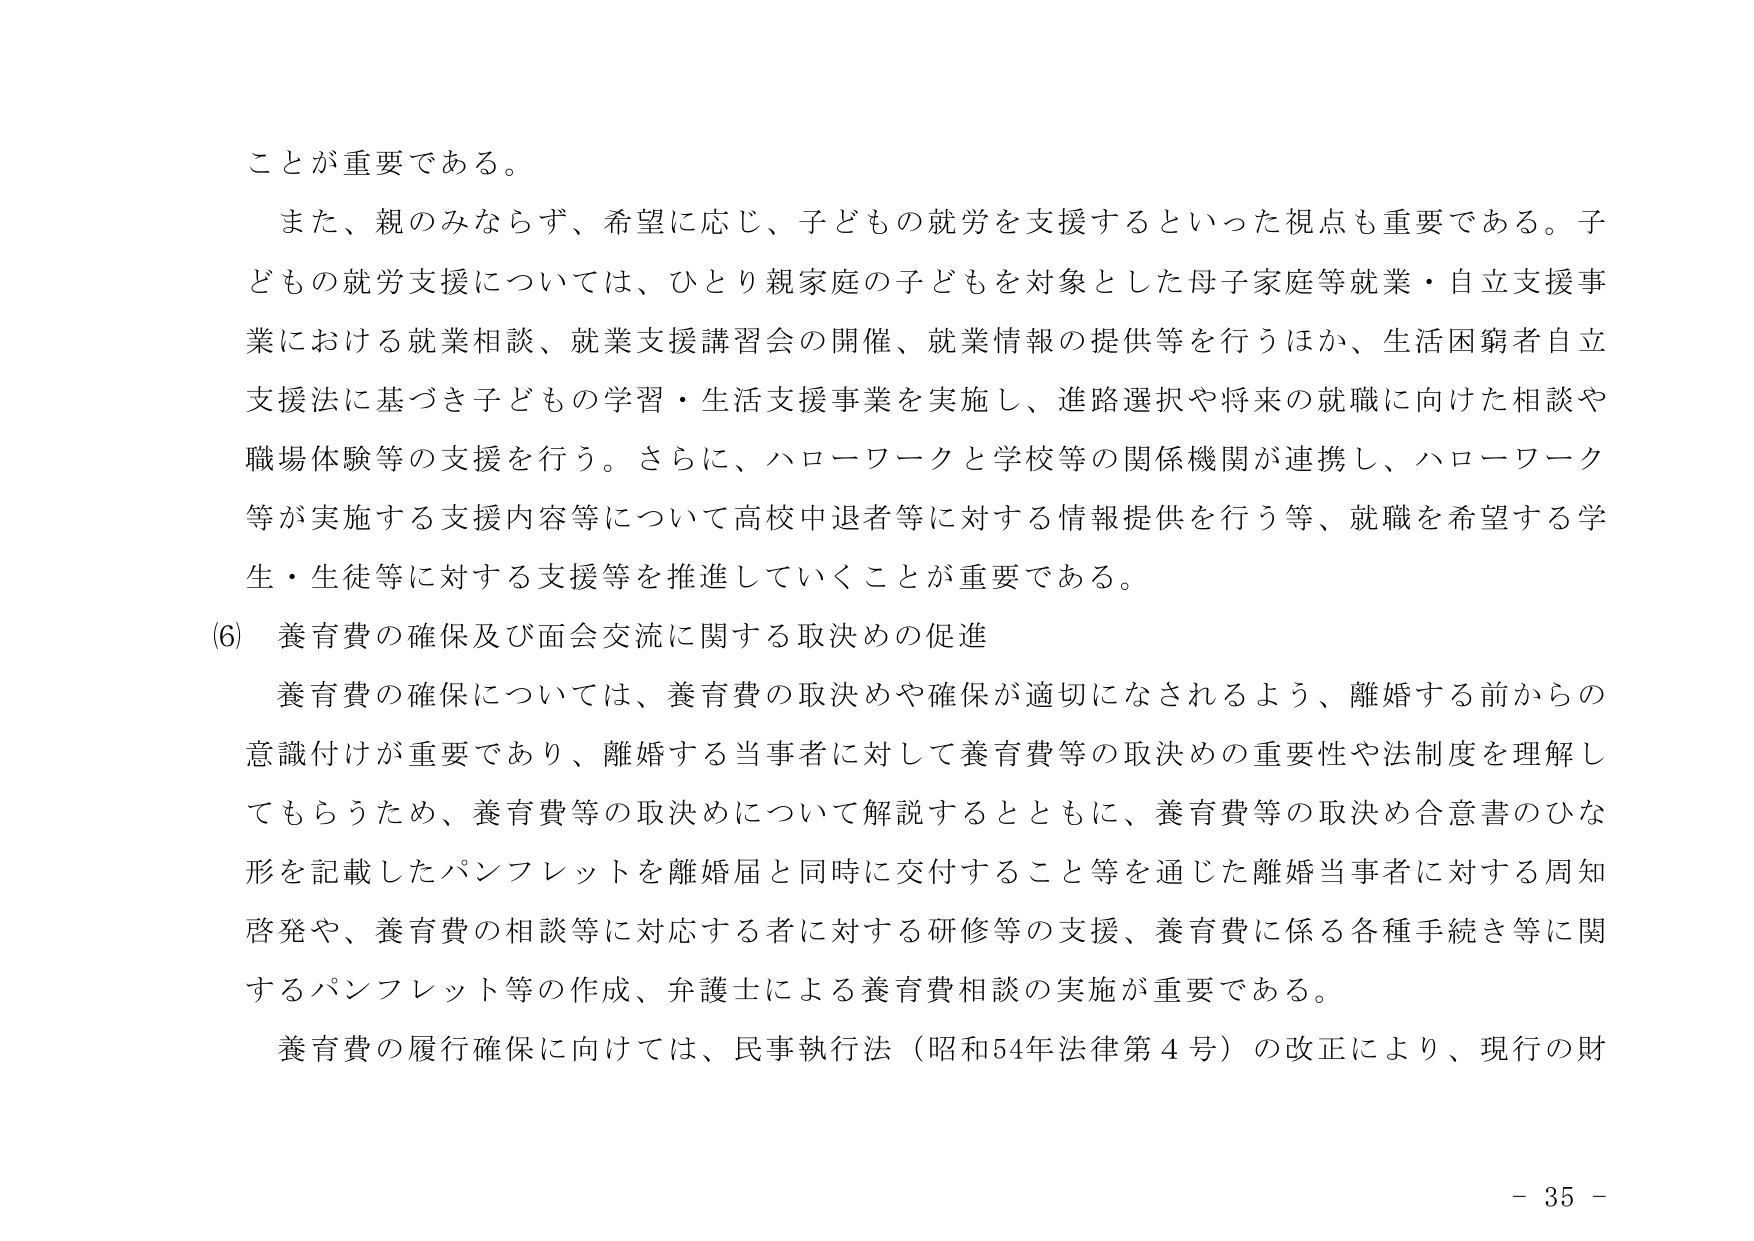
ことが重要である。

また、親のみならず、希望に応じ、子どもの就労を支援するといった視点も重要である。子どもの就労支援については、ひとり親家庭の子どもを対象とした母子家庭等就業・自立支援事業における就業相談、就業支援講習会の開催、就業情報の提供等を行うほか、生活困窮者自立支援法に基づき子どもの学習・生活支援事業を実施し、進路選択や将来の就職に向けた相談や職場体験等の支援を行う。さらに、ハローワークと学校等の関係機関が連携し、ハローワーク等が実施する支援内容等について高校中退者等に対する情報提供を行う等、就職を希望する学生・生徒等に対する支援等を推進していくことが重要である。

(6) 養育費の確保及び面会交流に関する取決めの促進

養育費の確保については、養育費の取決めや確保が適切になされるよう、離婚する前からの意識付けが重要であり、離婚する当事者に対して養育費等の取決めの重要性や法制度を理解してもらうため、養育費等の取決めについて解説するとともに、養育費等の取決め合意書のひな形を記載したパンフレットを離婚届と同時に交付すること等を通じた離婚当事者に対する周知啓発や、養育費の相談等に対応する者に対する研修等の支援、養育費に係る各種手続き等に関するパンフレット等の作成、弁護士による養育費相談の実施が重要である。

養育費の履行確保に向けては、民事執行法（昭和54年法律第4号）の改正により、現行の財

- 35 -